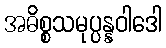
အဓိစ္စသမုပ္ပန္နဝါဒေါ